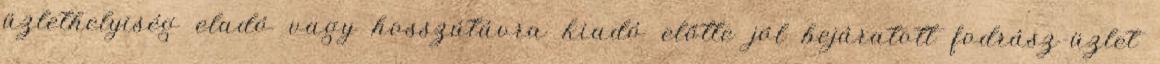
üzlethelyiség eladó vagy hosszútávra kiadó előtte jól bejáratott fodrász-üzlet